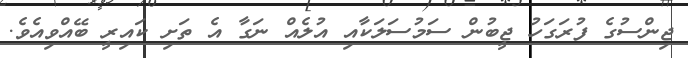
ޖިންސުގެ ފުރަގަހު ޖީބުން ސަމުސަލަކާއި އުލެއް ނަގާ އެ ތަށި ކައިރީ ބޭއްވިއެވެ.